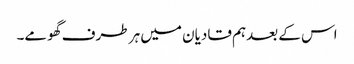
اس کے بعدہم قادیان میں ہر طرف گھومے۔